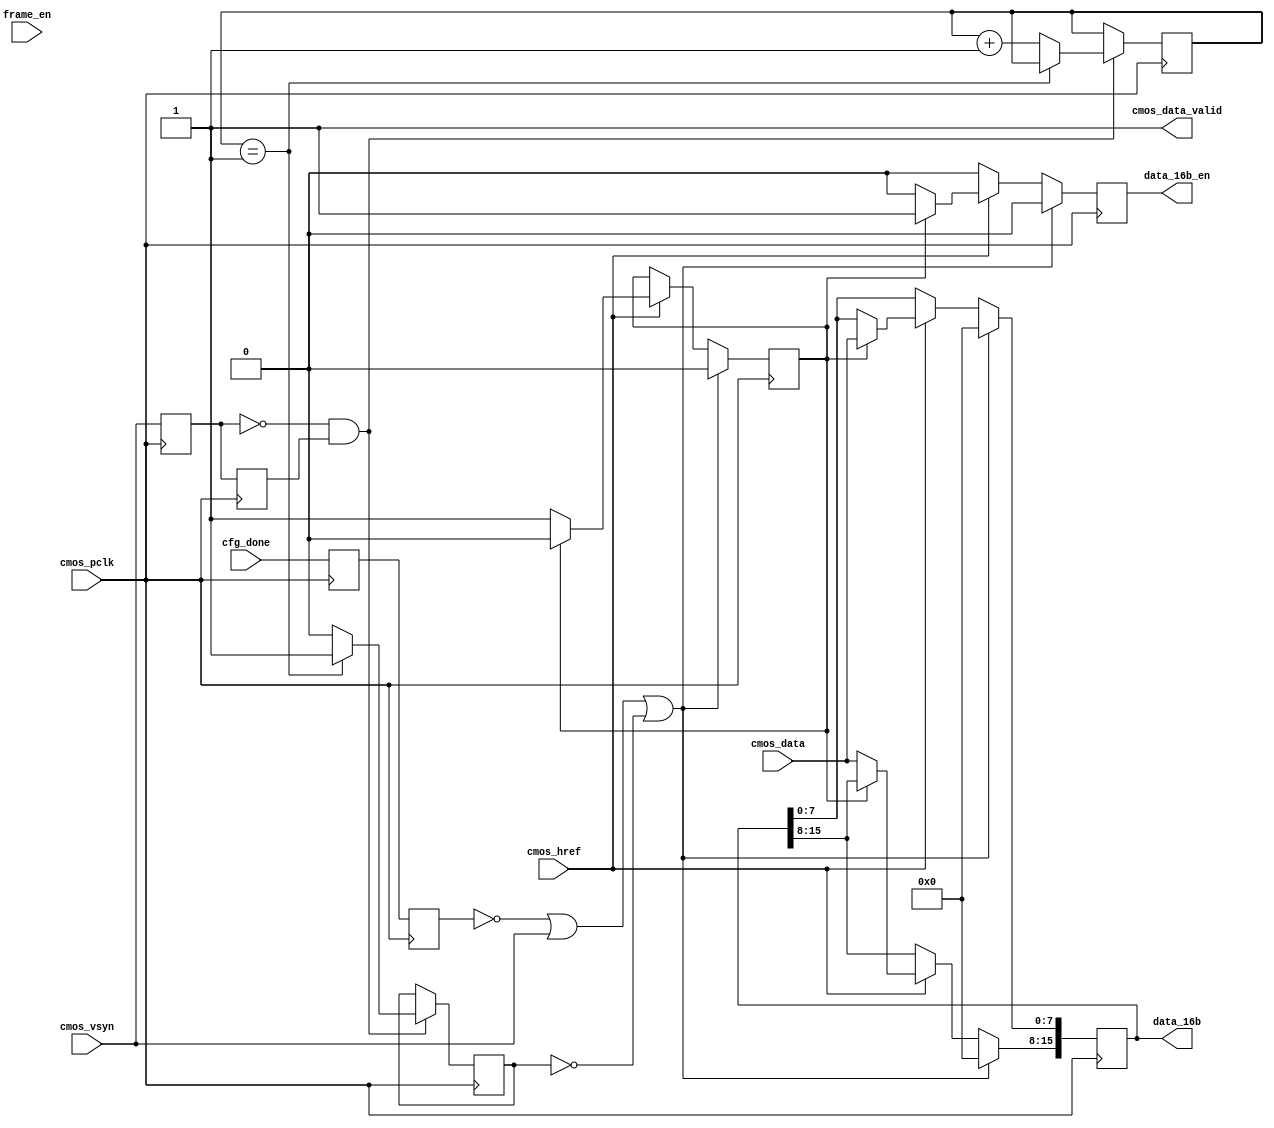
module recv_cam
(
	cmos_data,
	cmos_pclk,
	cmos_href,
	cmos_vsyn,
	frame_en,
	cfg_done,
	data_16b,
	data_16b_en,
	cmos_data_valid
);


	assign 	cfg_done_use = cfg_done;
	assign	cmos_valid_use = 0;



	input[7:0] 		cmos_data;
	input			cmos_pclk;
	input			cfg_done;
	input			cmos_href;
	input			cmos_vsyn;
	input			frame_en;			// low valid 
	
	output [15:0]	data_16b;
	output 			data_16b_en;	
	output 			cmos_data_valid;	
	
	reg			done_d1,done_d2;
	reg			data_bit = 0;
	reg[15:0]	data_16b_r = 0;
	reg			data_16b_enr = 0;
	reg			cmos_vsyn_d1=0;
	reg			cmos_vsyn_d2=0;
	reg[7:0]	cnt_vsyn=0;
	reg			cmos_valid = 0 ;
	reg[7:0]	cnt_frame_en=0;
	reg[3:0]	frame_st=0;
	reg[3:0]	nxt_fst=0;
	wire 	vsyn_neg;	
//	assign 	data_16b = data_16b_r;
//	assign 	data_16b_en = data_16b_enr;
	wire	frame_en_valid;
	wire	cfg_done_use, cmos_valid_use;
	parameter	FRM_IDE			= 4'b0000;
	parameter	FRM_FRAM_EN		= 4'b0001;
	parameter	FRM_PROC_OK		= 4'b0010;
	parameter	FRM_SEND_FRAM	= 4'b0011;
	
	always@(posedge cmos_pclk)begin
		done_d1 <= cfg_done_use;  //sim change    done_d1 <= cfg_done;   1
		done_d2 <= done_d1;
	end
	always@(posedge cmos_pclk)begin
		if(done_d2 == 0 || cmos_vsyn == 1 || cmos_valid == 0) begin //
			data_16b_r <= 0;
			data_16b_enr <= 0;
			data_bit <= 1'b0;
		end
		else begin
			if(cmos_href) begin
				if(data_bit == 0) begin
					data_16b_r[15:8] <= cmos_data[7:0];
					data_bit <= 1'b1;
					data_16b_enr <= 1'b0;
				end
				else if (data_bit == 1) begin
					data_16b_r[7:0] <= cmos_data[7:0];
					data_bit <= 1'b0;
					data_16b_enr <= 1'b1;
				end
			end
			else begin
				data_16b_r <= data_16b_r;
				data_16b_enr <= 0;
			end
		end
	end 

	//		if frame_en is longer than 1000 pclk 
	always@(posedge cmos_pclk)begin
		if(frame_en == 0) begin
			if(cnt_frame_en >= 100) begin
				cnt_frame_en <= 100;
			end
			else begin
				cnt_frame_en <= cnt_frame_en + 1;
			end	
		end
		else begin
			cnt_frame_en <= 0;
		end	
	end
	assign frame_en_valid = cnt_frame_en == 100 ? 1 : 0;

	always@(posedge cmos_pclk)begin
		frame_st <= nxt_fst;
	end
	
	always@(*) begin
		case(frame_st)
			FRM_IDE : begin
				if(frame_en_valid == 1)begin
					nxt_fst = FRM_FRAM_EN;
				end
				else begin
					nxt_fst = nxt_fst;
				end
			end
			FRM_FRAM_EN : begin
				if(1)begin
					nxt_fst = FRM_PROC_OK;
				end
				else begin
					nxt_fst = nxt_fst;
				end
			end
			FRM_PROC_OK : begin
				if(vsyn_neg == 1)begin
					nxt_fst = FRM_SEND_FRAM;
				end
				else begin
					nxt_fst = nxt_fst;
				end
			end
			FRM_SEND_FRAM : begin
				if(vsyn_neg == 1)begin
					nxt_fst = FRM_IDE;
				end
				else begin
					nxt_fst = nxt_fst;
				end
			end
		endcase
	end


	assign data_16b = data_16b_r;
	assign data_16b_en = data_16b_enr;
	assign cmos_data_valid = 1;
	
	// always@(*) begin
		// case(frame_st)
			// FRM_SEND_FRAM : begin
				// data_16b = data_16b_r;
				// data_16b_en = data_16b_enr;
				// cmos_data_valid = 1;
			// end
			
			// default begin
				// data_16b = 0;
				// data_16b_en = 0;
				// cmos_data_valid = 0;
			// end
		// endcase
	// end	
	
	
	assign vsyn_neg = ~cmos_vsyn_d1 & cmos_vsyn_d2;
	always@(posedge cmos_pclk)begin
		cmos_vsyn_d1 <= cmos_vsyn;
		cmos_vsyn_d2 <= cmos_vsyn_d1;
		
		if(vsyn_neg == 1) begin
			if(cnt_vsyn == 1) begin
				cnt_vsyn <= cnt_vsyn;
				cmos_valid <= 1;
			end
			else begin
				cnt_vsyn <= cnt_vsyn + 1;
				cmos_valid <= cmos_valid_use;     // sim change  cmos_valid <= 0   1
			end
		end
		else begin
			cmos_valid <= cmos_valid;    	 // sim change  cmos_valid <= cmos_valid  1
		end
		
	end

	
	
endmodule